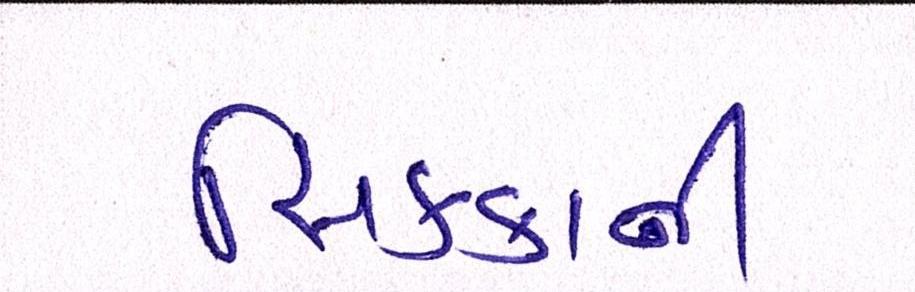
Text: સિક્કાની